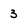
Character: 3